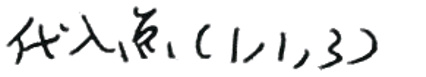
代入点\((1,1,3)\)